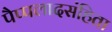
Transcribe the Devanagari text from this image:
पैप्पलादसंहिता